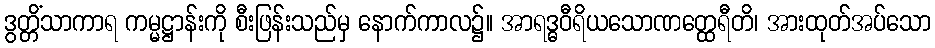
ဒွတ္တိံသာကာရ ကမ္မဋ္ဌာန်းကို စီးဖြန်းသည်မှ နောက်ကာလ၌။ အာရဒ္ဓဝီရိယသောဏတ္ထေရီတိ၊ အားထုတ်အပ်သော